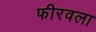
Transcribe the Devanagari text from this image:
फीरवला